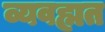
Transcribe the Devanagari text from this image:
व्यवह्मत